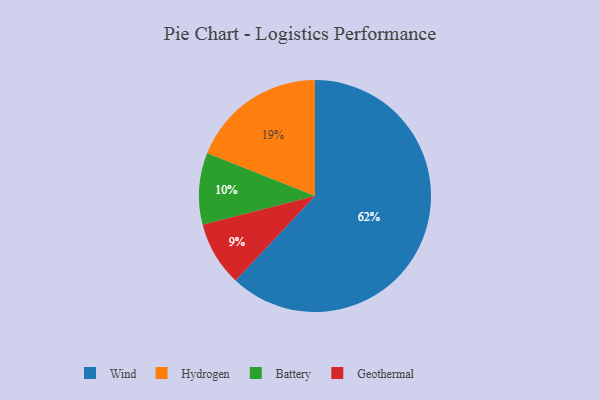
{"axis": {"x": "Category", "y": "Percentage"}, "legend": ["Battery", "Geothermal", "Hydrogen", "Wind"], "data": [{"x": "Geothermal", "y": 9, "type": "Geothermal"}, {"x": "Battery", "y": 10, "type": "Battery"}, {"x": "Hydrogen", "y": 19, "type": "Hydrogen"}, {"x": "Wind", "y": 62, "type": "Wind"}]}